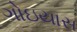
ગોઇયાસ